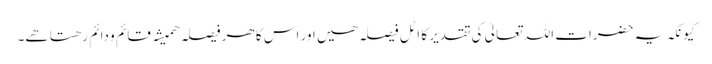
کیونکہ یہ حضرات اللہ تعالیٰ کی تقدیر کا اٹل فیصلہ ھیں اور اس کا ھر فیصلہ ھمیشہ قائم و دائم رھتا ھے۔